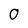
Character: O